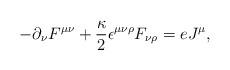
\begin{align*}- \partial_{\nu} F^{\mu\nu} + \frac{\kappa}{2} {\epsilon}^{\mu\nu\rho} F_{\nu\rho} = eJ^{\mu},\end{align*}